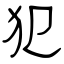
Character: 犯